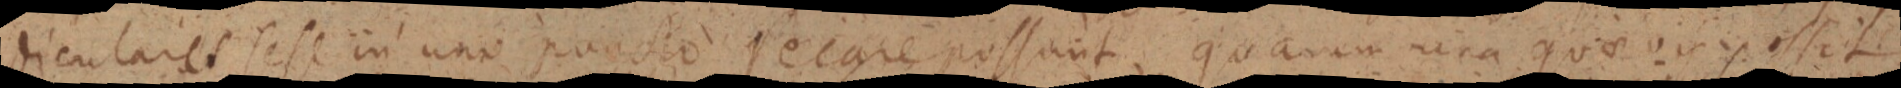
diculares sese in uno puncto secare possunt, quarum una quaevis possit